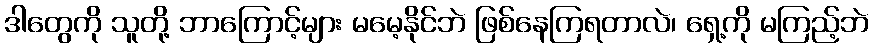
ဒါတွေကို သူတို့ ဘာကြောင့်များ မမေ့နိုင်ဘဲ ဖြစ်နေကြရတာလဲ၊ ရှေ့ကို မကြည့်ဘဲ